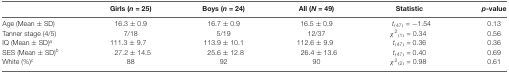
|  | Girls (n = 25) | Boys (n = 24) | All (N = 49) | Statistic | p-value |
 | --- | --- | --- | --- | --- | --- |
 | Age (Mean ± SD) | 16.3 ± 0.9 | 16.7 ± 0.9 | 16.5 ± 0.9 | t(47) = −1.54 | 0.13 |
 | Tanner stage (4/5) | 7/18 | 5/19 | 12/37 | χ2(1) = 0.34 | 0.56 |
 | IQ (Mean ± SD)a | 111.3 ± 9.7 | 113.9 ± 10.1 | 112.6 ± 9.9 | t(47) = 0.36 | 0.36 |
 | SES (Mean ± SD)b | 27.2 ± 14.5 | 25.6 ± 12.8 | 26.4 ± 13.6 | t(47) = 0.40 | 0.69 |
 | White (%)c | 88 | 92 | 90 | χ2(2) = 0.98 | 0.61 |